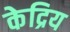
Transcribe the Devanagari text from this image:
केद्रिय